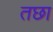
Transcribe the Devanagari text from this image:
तछा